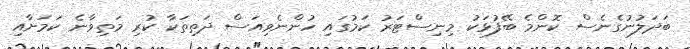
ބަދަލުނުގެނެސް ކޮންމެ ބޭފުޅަކު މިނިސްޓަރު ކަމުގައި ހުންނެވިއަސް ދަތިތަކާ ކުރި މަތިވާނެ ކަމަށާއި